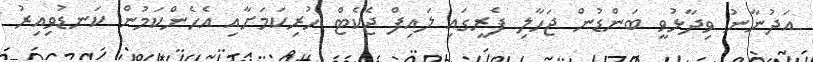
އަދުނާނު ވިދާޅުވީ ބަންޑުން ޖަހާލި ފެރީގައި ލައިފް ޖެކެޓް ހުރިކަމަށާއި އެހެންކަމުން ކަނޑުވިއިރު